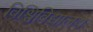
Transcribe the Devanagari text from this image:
विश्विविद्यालय